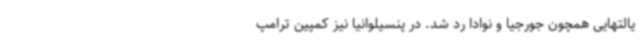
یالتهایی همچون جورجیا و نوادا رد شد. در پنسیلوانیا نیز کمپین ترامپ